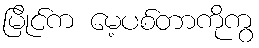
မြိုင်က မေ့ပစ်တာကိုကွ